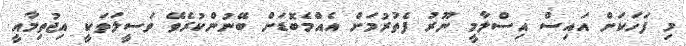
މި ފަހަކަށް އައިސް އިސްލާމީ ނޫރު ފެތުރުމަށް އެއްމެބޮޑަށް ބޭނުންކުރެވޭ ވަސީލަތަކީ އިޖުތިމާއީ